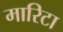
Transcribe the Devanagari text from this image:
मारिटा